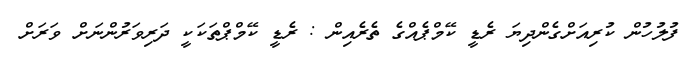
ފުލުހުން ކުރިއަށްގެންދިޔަ ރެޑީ ކޭމްޕެއްގެ ތެރެއިން : ރެޑީ ކޭމްޕްތަކަކީ ދަރިވަރުންނަށް ވަރަށް